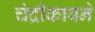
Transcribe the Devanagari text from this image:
चंद्रीकाबने